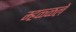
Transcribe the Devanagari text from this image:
म्हळ्ळले